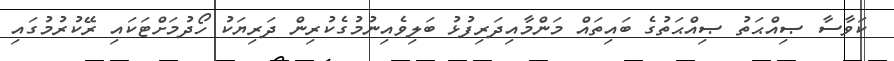
ކަވާސާ ޞިއްޙަތު ޞިއްޙަތުގެ ބައިތައް މަންމާއިދަރިފުޅު ބަލިވެއިނުމުގެކުރިން ދަރިޔަކު ހޯދުމަށްޓަކައި ރޭކުރުމުގައި